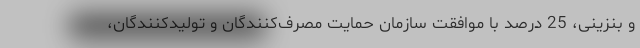
و بنزینی، 25 درصد با موافقت سازمان حمایت مصرف‌کنندگان و تولیدکنندگان،